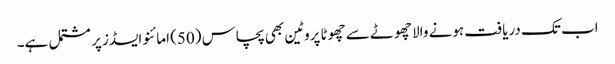
اب تک دریافت ہونے والا چھوٹے سے چھوٹا پروٹین بھی پچاس (50) امائنو ایسڈز پر مشتمل ہے۔